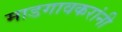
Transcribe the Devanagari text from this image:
माडगावकरांनी